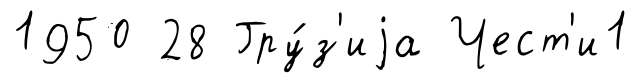
1950 28 Гру́з'иjа Чест'и1